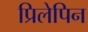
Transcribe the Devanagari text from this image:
प्रिलेपिन